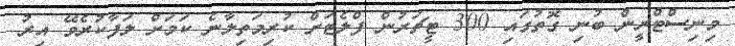
މިނިސްޓްރީން ބުނި ގޮތުގައި 300 ޓީޗަރުން ފްލެޓަށް ކުރިމަތިލާނެ ކަމަށް ލަފާކުރެވޭ އިރު